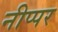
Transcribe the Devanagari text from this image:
नीप्पर